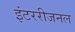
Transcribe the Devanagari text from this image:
इंटररीजनल